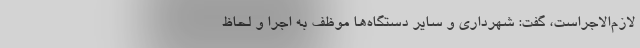
لازم‌الاجراست، گفت: شهرداری و سایر دستگاه‌ها موظف به اجرا و لحاظ